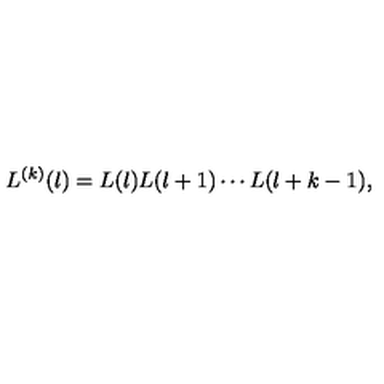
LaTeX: L ^ { ( k ) } ( l ) = L ( l ) L ( l + 1 ) \cdots L ( l + k - 1 ) ,